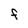
Character: F